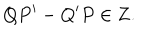
Q P ^ { \prime } - Q ^ { \prime } P \in { \bf Z } .